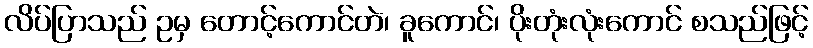
လိပ်ပြာသည် ဥမှ တောင့်ကောင်တဲ၊ ခူကောင်၊ ပိုးတုံးလုံးကောင် စသည်ဖြင့်